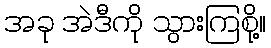
အခု အဲဒီကို သွားကြစို့။